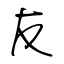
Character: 友